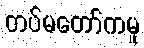
တပ်မတော်ကမူ